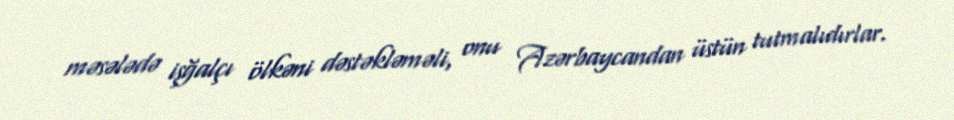
məsələdə işğalçı ölkəni dəstəkləməli, onu Azərbaycandan üstün tutmalıdırlar.